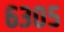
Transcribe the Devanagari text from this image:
६३०५